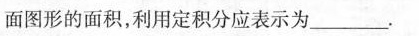
面图形的面积，利用定积分应表示为___.